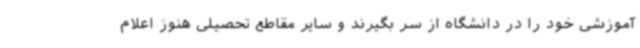
آموزشی خود را در دانشگاه از سر بگیرند و سایر مقاطع تحصیلی هنوز اعلام